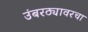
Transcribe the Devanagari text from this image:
उंबरठ्यावरचा